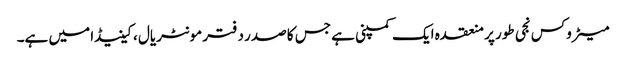
میٹروکس نجی طور پر منعقدہ ایک کمپنی ہے جس کا صدر دفتر مونٹریال ، کینیڈا میں ہے۔